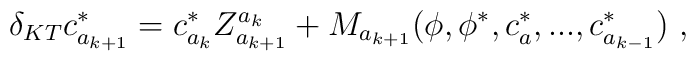
\delta _{KT}c^*_{a_{k+1}}=c^*_{a_k}Z^{a_k}_{a_{k+1}}+M_{a_{k+1}}(\phi ,\phi^*,c^*_a,...,c^*_{a_{k-1}})\ ,